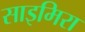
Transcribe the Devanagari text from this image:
साइमिरा